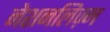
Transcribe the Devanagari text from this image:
नेशनलिज़्म